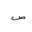
Letter: _sad